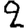
Digit: 2